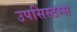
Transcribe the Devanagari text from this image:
उपसिस्टम्स